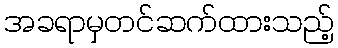
အခရာမှတင်ဆက်ထားသည့်